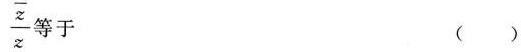
\frac{\overline{z}}{z} 等于 ()